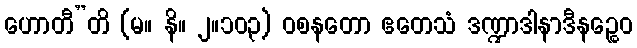
ဟောတီ”တိ (မ။ နိ။ ၂။၁၀၃) ဝစနတော ဧတေသံ ဒဏ္ဍာဒါနာဒီနဉ္စေဝ